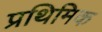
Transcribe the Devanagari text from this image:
प्रथिमिक